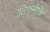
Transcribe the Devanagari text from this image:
तिरुनेल्लि